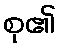
စု၏